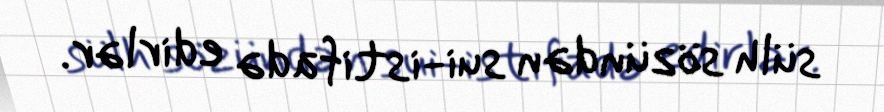
sülh sözündən sui-istifadə edirlər.